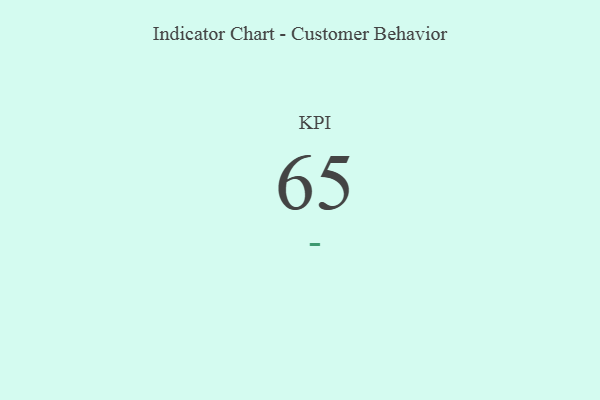
{"axis": {"x": "KPI", "y": "Value"}, "legend": [""], "data": [{"x": "KPI", "y": 65, "type": ""}]}